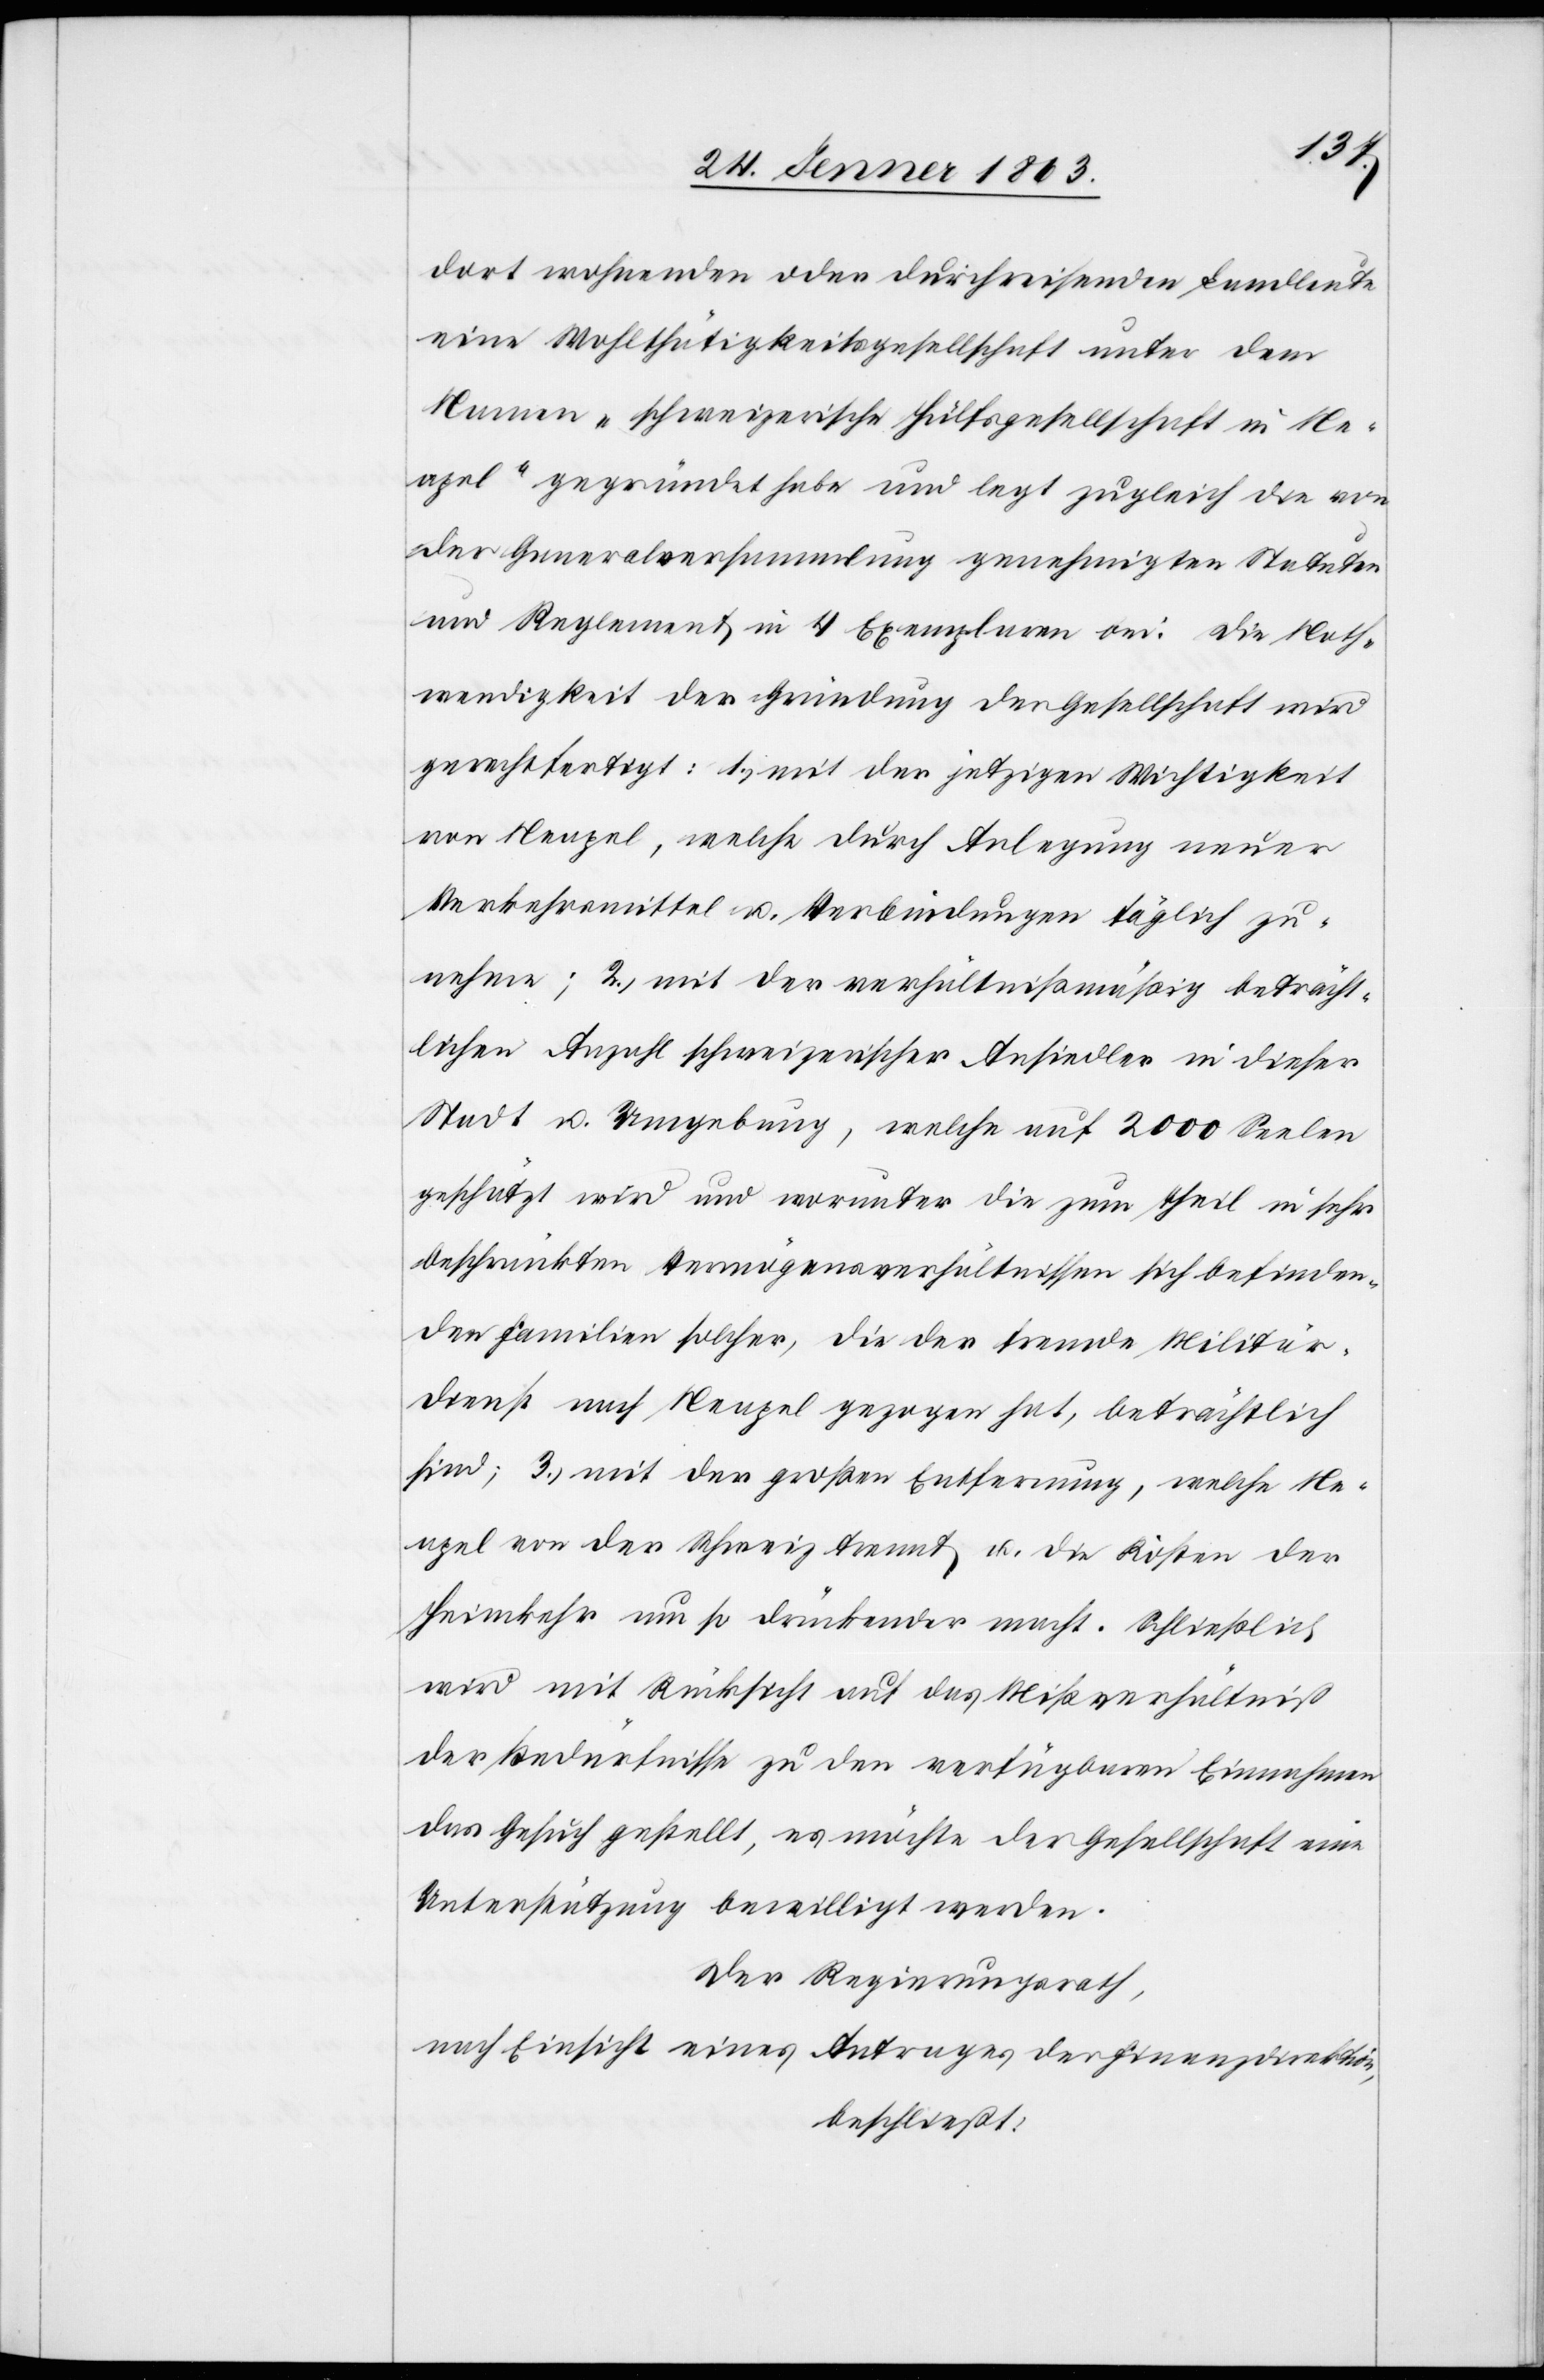
dort wohnenden oder durchreisenden Landleute
eine Wohlthätigkeitsgesellschaft unter dem
Namen „schweizerische Hülfsgesellschaft in Ne¬
apel“ gegründet habe und legt zugleich die von
der Generalversammlung genehmigten Statuten
und Reglement in 4 Exemplaren bei. Die Noth¬
wendigkeit der Gründung der Gesellschaft wird
gerechtfertigt: 1.) mit der jetzigen Wichtigkeit
von Neapel, welche durch Anlegung neuer
Verkehrsmittel u. Verbindungen täglich zu¬
nehme; 2.) mit der verhältnißmäßig beträcht¬
lichen Anzahl schweizerischer Ansiedler in dieser
Stadt u. Umgebung, welche auf 2000 Seelen
geschätzt wird und worunter die zum Theil in sehr
beschränkten Vermögensverhältnissen sich befinden¬
den Familien solcher, die der fremde Militär¬
dienst nach Neapel gezogen hat, beträchtlich
sind; 3.) mit der großen Entfernung, welche Ne¬
apel von der Schweiz trennt u. die Kosten der
Heimkehr um so drückender macht. Schließlich
wird mit Rücksicht au das Mißverhältniß
der Bedürfnisse zu den verfügbaren Einnahmen
das Gesuch gestellt, es möchte der Gesellschaft eine
Unterstützung bewilligt werden.
Der Regierungsrath,
nach Einsicht eines Antrages der Finanzdirektion,
beschließt: